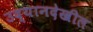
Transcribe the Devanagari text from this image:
उद्यानदेखील